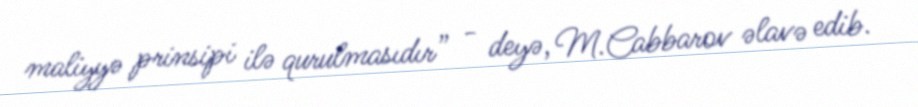
maliyyə prinsipi ilə qurulmasıdır” - deyə, M.Cabbarov əlavə edib.